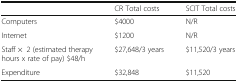
|  | CR Total costs | SCIT Total costs |
 | --- | --- | --- |
 | Computers | $4000 | N/R |
 | Internet | $1200 | N/R |
 | Staff ×2 (estimated therapy hours x rate of pay) $48/h | $27,648/3 years | $11,520/3 years |
 | Expenditure | $32,848 | $11,520 |